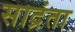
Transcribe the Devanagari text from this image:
साद्रंता